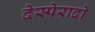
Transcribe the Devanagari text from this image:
देस्पेरादो